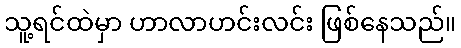
သူ့ရင်ထဲမှာ ဟာလာဟင်းလင်း ဖြစ်နေသည်။